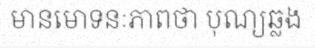
មានមោទនៈភាពថា បុណ្យឆ្លង